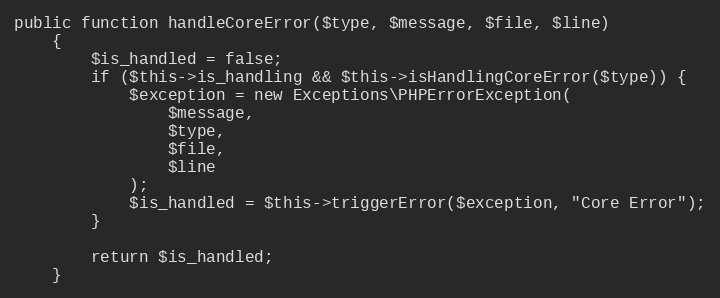
Language: PHP
public function handleCoreError($type, $message, $file, $line)
    {
        $is_handled = false;
        if ($this->is_handling && $this->isHandlingCoreError($type)) {
            $exception = new Exceptions\PHPErrorException(
                $message,
                $type,
                $file,
                $line
            );
            $is_handled = $this->triggerError($exception, "Core Error");
        }

        return $is_handled;
    }